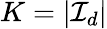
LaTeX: K=|{\mathcal{I}}_{d}|